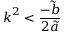
\boldsymbol { k } ^ { 2 } < \frac { - \tilde { b } } { 2 \tilde { a } }